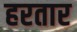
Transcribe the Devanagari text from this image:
हरतार